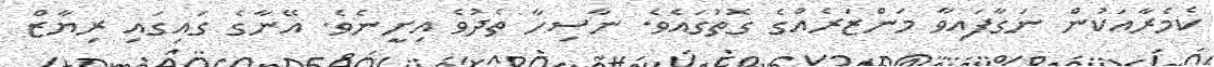
ކެމެރާއަކުން ނަގާފައިވާ މަންޒަރެއްގެ ގޮތުގައެވެ. ނާސިހާ ތެދުވެ އިށީނެވެ. އޭނާގެ ގައިގައި ރިޔާޒް